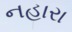
નહારા